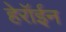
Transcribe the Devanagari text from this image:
हेरॉईन